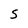
Character: S